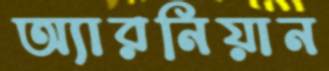
অ্যারনিয়ান